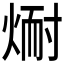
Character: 𪹅